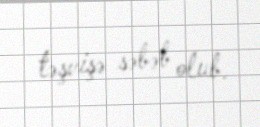
təşvişə səbəb olub.